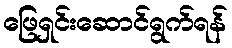
ဖြေရှင်းဆောင်ရွက်ရန်